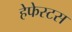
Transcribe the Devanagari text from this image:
हेफेस्टस